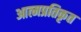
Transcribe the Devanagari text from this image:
आत्मप्रतिकृत